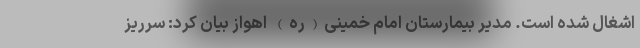
اشغال شده است. مدیر بیمارستان امام خمینی(ره) اهواز بیان کرد: سرریز